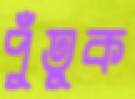
পুঁতুক